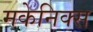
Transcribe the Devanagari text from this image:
मकेनिक्स